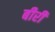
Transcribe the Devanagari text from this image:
बीरी